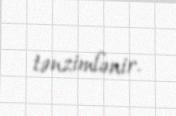
tənzimlənir.